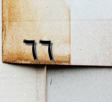
٦٦